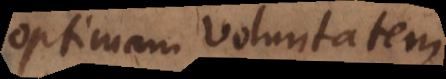
optimam voluntatem